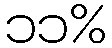
၁၁%